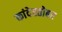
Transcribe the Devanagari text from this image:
कांदेस्तोबर